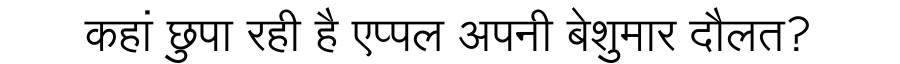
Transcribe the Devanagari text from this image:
कहां छुपा रही है एप्पल अपनी बेशुमार दौलत?